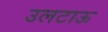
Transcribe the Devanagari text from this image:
उलटाऊ